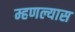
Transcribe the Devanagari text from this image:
म्हणल्यास